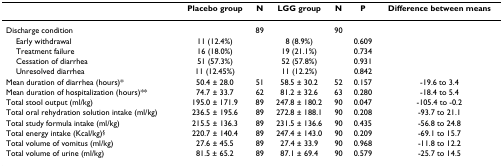
|  | Placebo group | N | LGG group | N | P | Difference between means |
 | --- | --- | --- | --- | --- | --- | --- |
 | Discharge condition |  | 89 |  | 90 |  |  |
 | Early withdrawal | 11 (12.4%) |  | 8 (8.9%) |  | 0.609 |  |
 | Treatment failure | 16 (18.0%) |  | 19 (21.1%) |  | 0.734 |  |
 | Cessation of diarrhea | 51 (57.3%) |  | 52 (57.8%) |  | 0.931 |  |
 | Unresolved diarrhea | 11 (12.45%) |  | 11 (12.2%) |  | 0.842 |  |
 | Mean duration of diarrhea (hours)* | 50.4 ± 28.0 | 51 | 58.5 ± 30.2 | 52 | 0.157 | -19.6 to 3.4 |
 | Mean duration of hospitalization (hours)** | 74.7 ± 33.7 | 62 | 81.2 ± 32.6 | 63 | 0.280 | -18.4 to 5.4 |
 | Total stool output (ml/kg) | 195.0 ± 171.9 | 89 | 247.8 ± 180.2 | 90 | 0.047 | -105.4 to -0.2 |
 | Total oral rehydration solution intake (ml/kg) | 236.5 ± 195.6 | 89 | 272.8 ± 188.1 | 90 | 0.208 | -93.7 to 21.1 |
 | Total study formula intake (ml/kg) | 215.5 ± 136.3 | 89 | 231.5 ± 136.6 | 90 | 0.435 | -56.8 to 24.8 |
 | Total energy intake (Kcal/kg)§ | 220.7 ± 140.4 | 89 | 247.4 ± 143.0 | 90 | 0.209 | -69.1 to 15.7 |
 | Total volume of vomitus (ml/kg) | 27.6 ± 45.5 | 89 | 27.4 ± 33.9 | 90 | 0.968 | -11.8 to 12.2 |
 | Total volume of urine (ml/kg) | 81.5 ± 65.2 | 89 | 87.1 ± 69.4 | 90 | 0.579 | -25.7 to 14.5 |